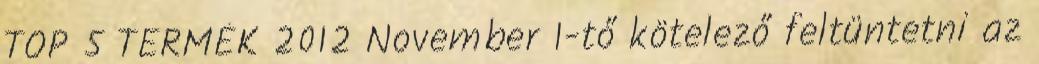
TOP 5 TERMÉK 2012 November 1-tő kötelező feltüntetni az